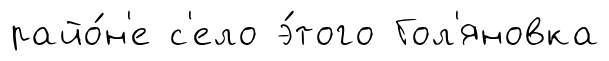
райо́н'е с'ело э́того Гол'яновка